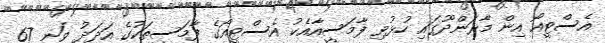
އެސްޓީއޯ އިން މާރަންދޫގައި ހުޅުވި ފާމަސީއާއެކު އެސްޓީއޯގެ ފާމަސީތަކުގެ އަދަދު ވަނީ 67